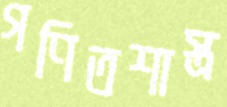
গণিতশাস্ত্র